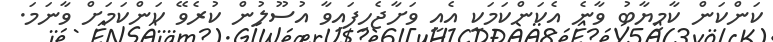
ކަންކަން ކާމިޔާބު ވާނެ އެކަންކަމަކީ އެއީ ވަށާޖެހިފައިވާ އުސޫލުން ކުރެވޭ ކަންކަމަށް ވާނަމަ.